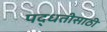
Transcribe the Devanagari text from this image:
पद्धतीसाठी